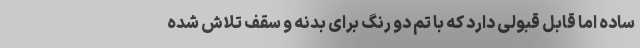
ساده اما قابل قبولی دارد که با تم دو رنگ برای بدنه و سقف تلاش شده